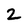
Character: 2